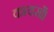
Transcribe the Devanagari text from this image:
कायसाँ।